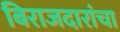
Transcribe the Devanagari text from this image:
बिराजदारांचा